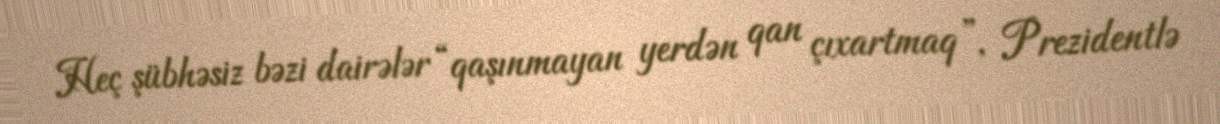
Heç şübhəsiz bəzi dairələr “qaşınmayan yerdən qan çıxartmaq”, Prezidentlə